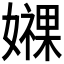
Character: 𫲁